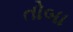
તોબા